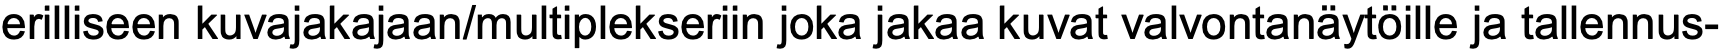
erilliseen kuvajakajaan/multiplekseriin joka jakaa kuvat valvontanäytöille ja tallennus-